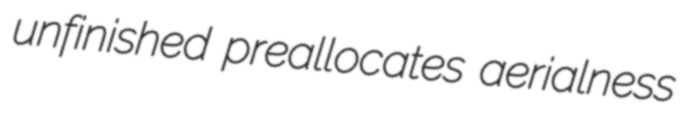
unfinished preallocates aerialness